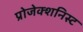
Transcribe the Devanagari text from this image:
प्रोजेक्शनिस्ट